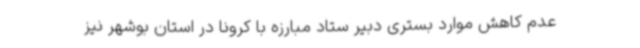
عدم کاهش موارد بستری دبیر ستاد مبارزه با کرونا در استان بوشهر نیز